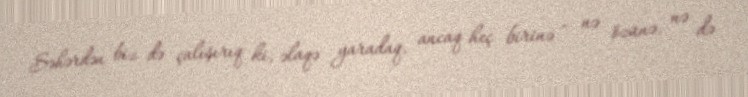
Səhərdən biz də çalışırıq ki, əlaqə yaradaq, ancaq heç birinə - nə özünə, nə də